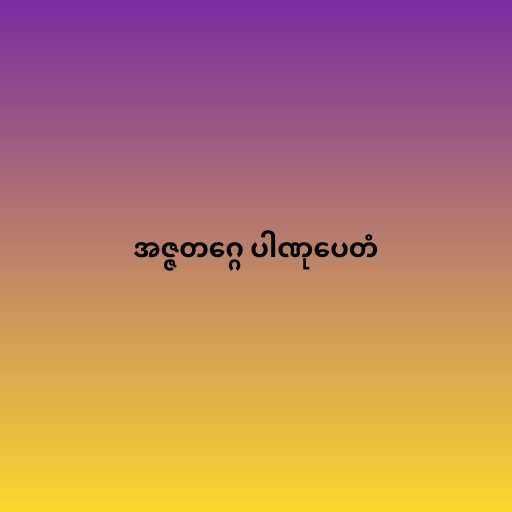
အဇ္ဇတဂ္ဂေ ပါဏုပေတံ